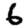
Digit: 6